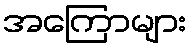
အကြောများ